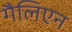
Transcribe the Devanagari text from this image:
गैलिएन